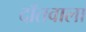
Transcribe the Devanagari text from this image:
दाँतवाला